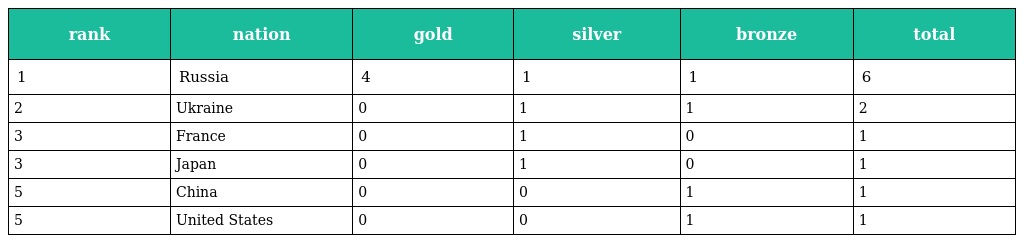
| rank | nation | gold | silver | bronze | total |
 | --- | --- | --- | --- | --- | --- |
 | 1 | Russia | 4 | 1 | 1 | 6 |
 | 2 | Ukraine | 0 | 1 | 1 | 2 |
 | 3 | France | 0 | 1 | 0 | 1 |
 | 3 | Japan | 0 | 1 | 0 | 1 |
 | 5 | China | 0 | 0 | 1 | 1 |
 | 5 | United States | 0 | 0 | 1 | 1 |